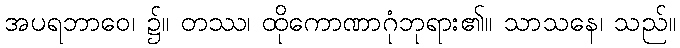
အပရဘာဝေ၊ ၌။ တဿ၊ ထိုကောဏာဂုံဘုရား၏။ သာသနေ၊ သည်။